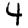
Digit: 4